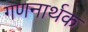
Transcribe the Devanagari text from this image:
गणनार्थक